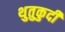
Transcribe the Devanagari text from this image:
थुतुकुदी